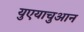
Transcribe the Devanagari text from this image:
युएयाचुआन